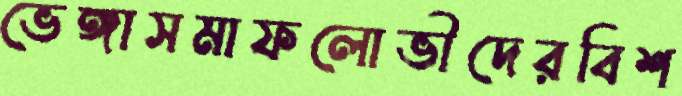
ভেঙ্গাসমাফলোভীদেরবিশ